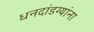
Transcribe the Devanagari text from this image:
धनदांडग्यांना